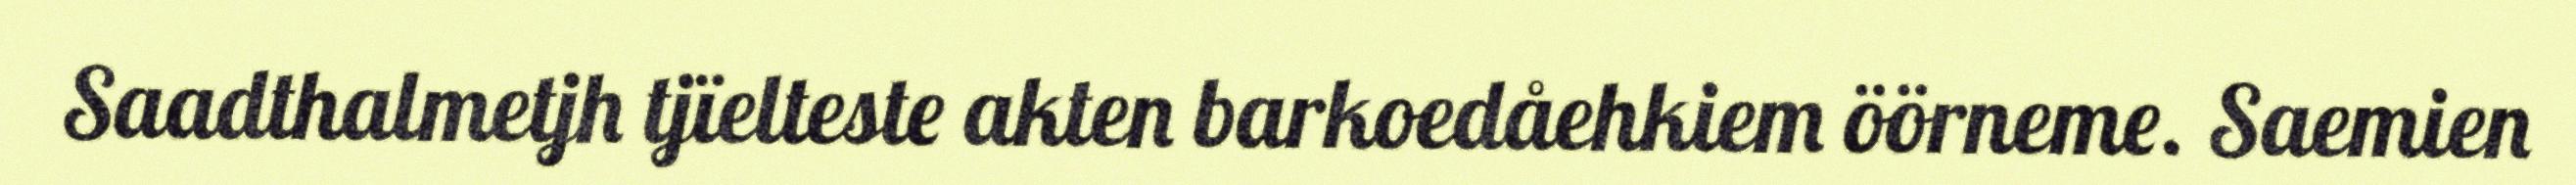
Saadthalmetjh tjïelteste akten barkoedåehkiem öörneme. Saemien